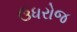
ઉધરોજ